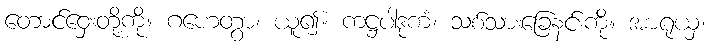
တောင်ဝှေးတို့ကို။ ဂဟေတွာ၊ ယူ၍။ ကဋ္ဌပါဒုကံ၊ သစ်သားခြေနင်းကို။ အာရုယှ၊